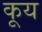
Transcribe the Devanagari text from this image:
कूय